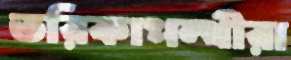
তরিকাপন্থীরা